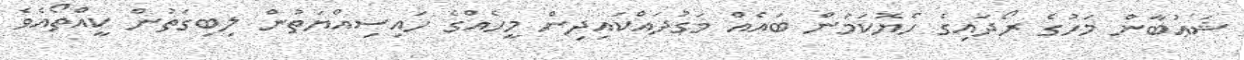
ޝަޢުބާން މަހުގެ ރޯދައިގެ ހެޔޮކަމުން ބައެއް މަގުދައްކައިދިން މީހެއްގެ ހައިސިއްޔަތުން ލިބިގަތުން ކީއްތޯއެވެ